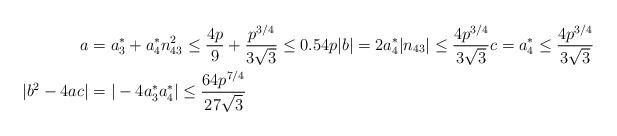
\begin{align*}a &= a_{3}^{*} + a_{4}^{*} n_{43}^{2}\leq \frac{4p}{9} + \frac{p^{3/4}}{3 \sqrt{3}} \leq 0.54p |b| = 2a_{4}^{*} |n_{43}| \leq \frac{4 p^{3/4}}{3 \sqrt{3}} c = a_{4}^{*} \leq \frac{4 p^{3/4}}{3 \sqrt{3}}\\|b^{2} - 4ac| &= |-4a_{3}^{*} a_{4}^{*}| \leq \frac{64 p^{7/4}}{27 \sqrt{3}}\\\end{align*}